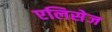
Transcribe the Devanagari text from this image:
एलिसेज